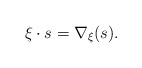
\begin{align*}\xi \cdot s = \nabla_{\xi}(s) .\end{align*}